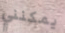
يمكنني